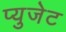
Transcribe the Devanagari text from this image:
प्युजेट